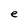
Character: e